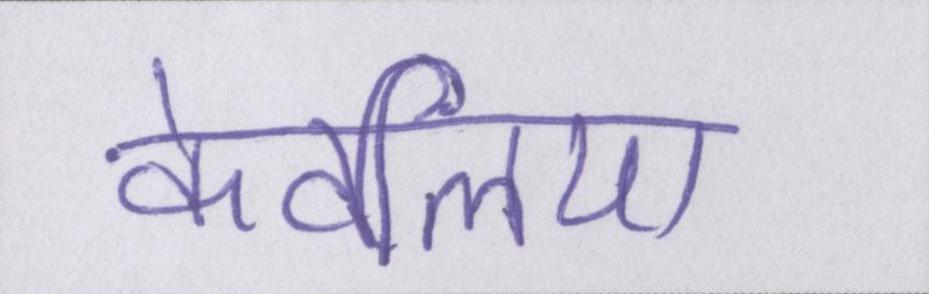
केवलिया